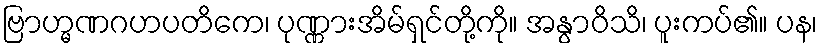
ဗြာဟ္မဏဂဟပတိကေ၊ ပုဏ္ဏားအိမ်ရှင်တို့ကို။ အနွာဝိသိ၊ ပူးကပ်၏။ ပန၊